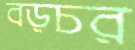
বড়চর